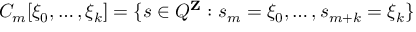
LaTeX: C _ { m } [ \xi _ { 0 } , \ldots , \xi _ { k } ] = \{ s \in Q ^ { \mathbf { Z } } : s _ { m } = \xi _ { 0 } , \ldots , s _ { m + k } = \xi _ { k } \}